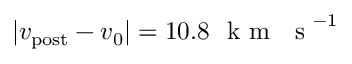
| v _ { \mathrm { p o s t } } - v _ { 0 } | = 1 0 . 8 ~ \mathrm { ~ k ~ m ~ ~ ~ s ~ } ^ { - 1 }